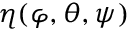
\eta ( \varphi , \theta , \psi )